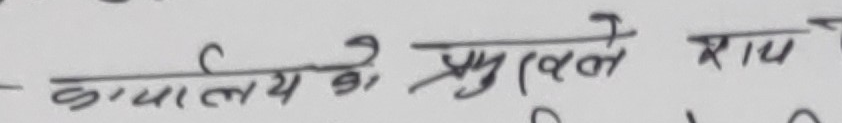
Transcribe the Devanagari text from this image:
- कार्यालयको प्रमुखले राप